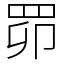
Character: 𦊑